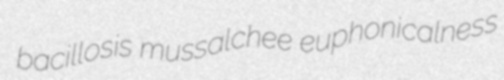
bacillosis mussalchee euphonicalness